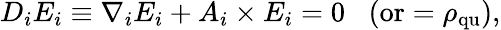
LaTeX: D_{i}E_{i}\equiv\nabla_{i}E_{i}+A_{i}\times E_{i}=0\; \; \; \mathrm{(or}=\rho_{\mathrm{qu}}\mathrm{)},